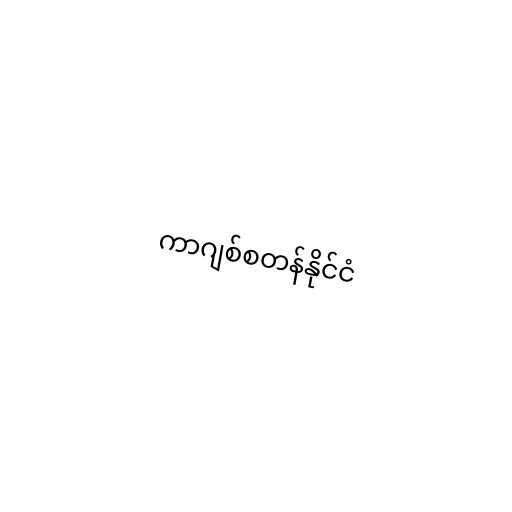
ကာဂျစ်စတန်နိုင်ငံ